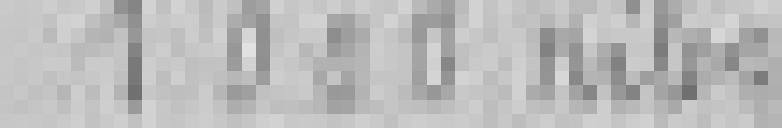
entrée : 1.000 kilos